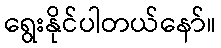
ရွေးနိုင်ပါတယ်နော်။